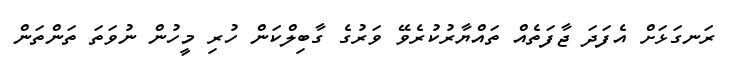
ރަނގަޅަށް އެފަދަ ޖާފަތެއް ތައްޔާރުކުރެވޭ ވަރުގެ ގާބިލްކަން ހުރި މީހުން ނުވަތަ ތަންތަން